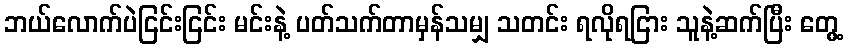
ဘယ်လောက်ပဲငြင်းငြင်း မင်းနဲ့ ပတ်သက်တာမှန်သမျှ သတင်း ရလိုရငြား သူနဲ့ဆက်ပြီး တွေ့